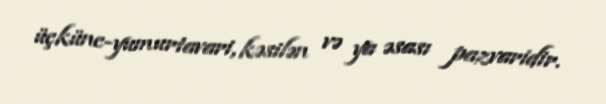
üçkünc-yumurtavari, kəsilən və ya əsası pazvaridir.